Lunatic asylums Punjab 1911-1921 - 1911-1921
Year: 1911
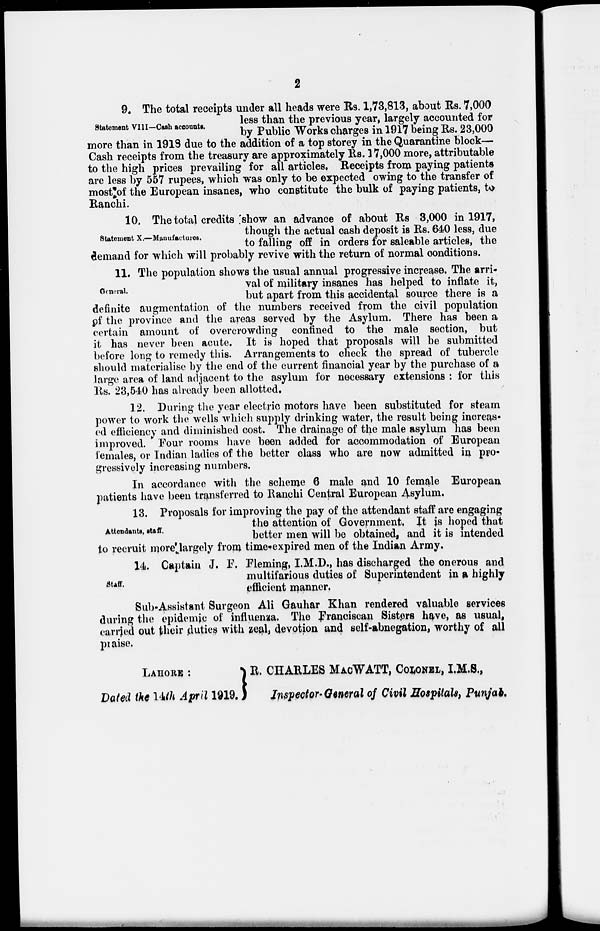
2
Statement VIII—Cash accounts.
9. The total receipts under all heads were Rs. 1,73,813, about Rs. 7,000
less than the previous year, largely accounted for
by Public Works charges in 1917 being Rs. 23,000
more than in 1918 due to the addition of a top storey in the Quarantine block—
Cash receipts from the treasury are approximately Rs. 17,000 more, attributable
to the high prices prevailing for all articles, Receipts from paying patients
are less by 557 rupees, which was only to be expected owing to the transfer of
most of the European insanes, who constitute the bulk of paying patients, to
Ranchi.
Statement X.—Manufactures.
10. The total credits show an advance of about Rs 3,000 in 1917,
though the actual cash deposit is Rs. 640 less, due
to falling off in orders for saleable articles, the
demand for which will probably revive with the return of normal conditions.
General.
11. The population shows the usual annual progressive increase. The arri-
val of military insanes has helped to inflate it,
but apart from this accidental source there is a
definite augmentation of the numbers received from the civil population
of the province and the areas served by the Asylum. There has been a
certain amount of overcrowding confined to the male section, but
it has never been acute. It is hoped that proposals will be submitted
before long to remedy this. Arrangements to check the spread of tubercle
should materialise by the end of the current financial year by the purchase of a
large area of land adjacent to the asylum for necessary extensions : for this
Rs. 23,540 has already been allotted,
12. During the year electric motors have been substituted for steam
power to work the wells which supply drinking water, the result being increas-
ed efficiency and diminished cost. The drainage of the male asylum has been
improved. Four rooms have been added for accommodation of European
females, or Indian ladies of the better class who are now admitted in pro-
gressively increasing numbers.
In accordance with the scheme 6 male and 10 female European
patients have been transferred to Ranchi Central European Asylum.
Attendants, staff.
13. Proposals for improving the pay of the attendant staff are engaging
the attention of Government, It is hoped that
better men will be obtained, and it is intended
to recruit more largely from time-expired men of the Indian Army.
Staff.
14. Captain J. F. Fleming, I.M.D., has discharged the onerous and
multifarious duties of Superintendent in a highly
efficient manner.
Sub-Assistant Surgeon Ali Gauhar Khan rendered valuable services
during the epidemic of influenza. The Franciscan Sisters have, as usual,
carried out their duties with zeal, devotion and self-abnegation, worthy of all
praise.
LAHORE :
R. CHARLES MACWATT, COLONEL, I.M.S.,
Dated the 14th April 1919. Inspector-General of Civil Hospitals, Punjab.